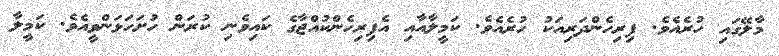
މާލޭގައި ހުރެއެވެ. ފިރިހެންދަރިއަކު ހުރެއެވެ. ކަމީލާއާއި އެފިރިހެންކުއްޖާގެ ކައިވެނި ކުރަން ހުށަހަޅަންވީއެވެ. ކަމީލާ